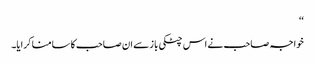
‘‘
خواجہ صاحب نے اس چٹکی باز سے ان صاحب کا سامنا کرایا۔